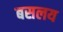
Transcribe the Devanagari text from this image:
बसलय